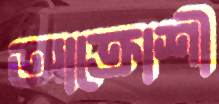
আক্রোশী